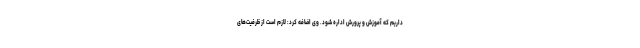
داریم که آموزش و پرورش اداره شود. وی اضافه کرد: لازم است از ظرفیت‌های